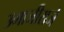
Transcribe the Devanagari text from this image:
उमाजीराजे